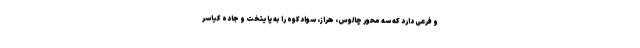
و فرعی دارد که سه محور چالوس، هراز، سوادکوه را به پایتخت و جاده کیاسر